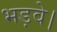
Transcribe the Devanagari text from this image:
भड़वे।